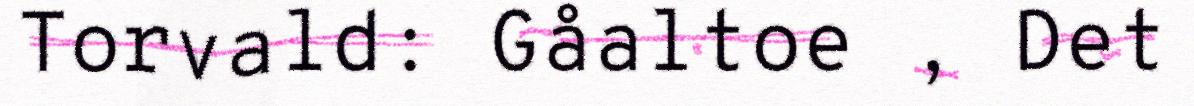
Torvald: Gåaltoe , Det